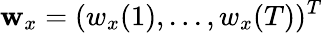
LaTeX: \mathbf w_{x}=(w_{x}(1),...,w_{x}(T))^{T}